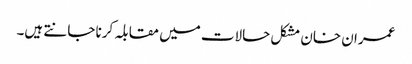
عمران خان مشکل حالات میں مقابلہ کرنا جانتے ہیں۔